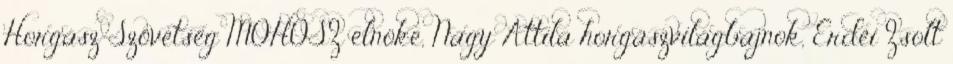
Horgász Szövetség MOHOSZ elnöke, Nagy Attila horgászvilágbajnok, Erdei Zsolt